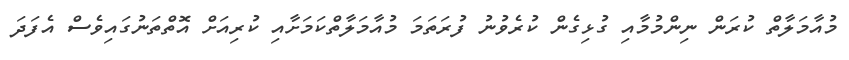
މުއާމަލާތް ކުރަން ނިންމުމާއި ގުޅިގެން ކުރެވުނު ފުރަތަމަ މުއާމަލާތްކަމަށާއި ކުރިއަށް އޮތްތަނުގައިވެސް އެފަދަ